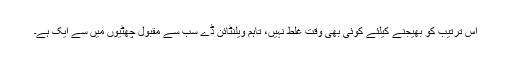
اِس ترتیب کو بھیجنے کیلئے کوئی بھی وقت غلط نہیں، تاہم ویلنٹائن ڈے سب سے مقبول چھٹیوں میں سے ایک ہے۔